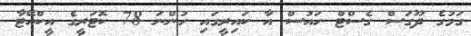
ގަމުގެ ދޫގަސް ގެސްޓް ހައުސް އާ ކައިރީގައި ހުންނަ 78 ކޮޓަރީގެ އީކްއޭޓާ